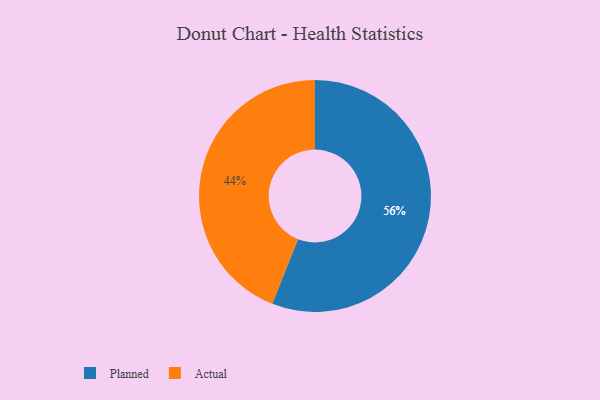
{"axis": {"x": "Category", "y": "Percentage"}, "legend": ["Actual", "Planned"], "data": [{"x": "Actual", "y": 44, "type": "Actual"}, {"x": "Planned", "y": 56, "type": "Planned"}]}